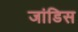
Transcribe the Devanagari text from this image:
जांडिस